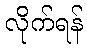
လိုက်ရန်